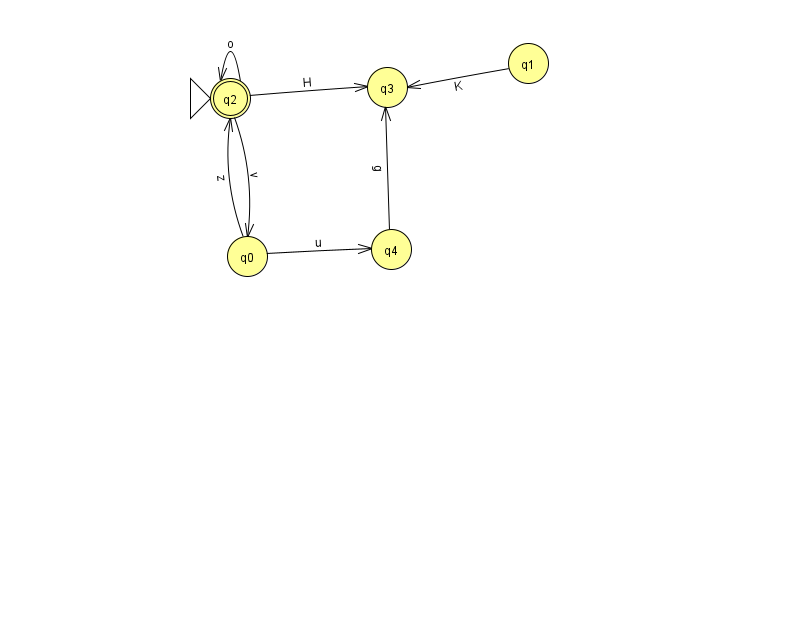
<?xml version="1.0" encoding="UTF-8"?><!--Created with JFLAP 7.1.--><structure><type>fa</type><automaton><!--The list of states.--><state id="0" name="q0"><x>247.0</x><y>243.0</y></state><state id="1" name="q1"><x>528.0</x><y>50.0</y></state><state id="2" name="q2"><x>230.0</x><y>85.0</y><initial/><final/></state><state id="3" name="q3"><x>387.0</x><y>74.0</y></state><state id="4" name="q4"><x>391.0</x><y>236.0</y></state><!--The list of transitions.--><transition><from>2</from><to>0</to><read>v</read></transition><transition><from>4</from><to>3</to><read>g</read></transition><transition><from>0</from><to>4</to><read>u</read></transition><transition><from>1</from><to>3</to><read>K</read></transition><transition><from>0</from><to>2</to><read>z</read></transition><transition><from>2</from><to>3</to><read>H</read></transition><transition><from>2</from><to>2</to><read>o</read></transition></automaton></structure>